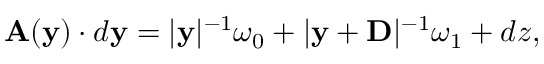
{ \bf A } ( { \bf y } ) \cdot d { \bf y } = | { \bf y } | ^ { - 1 } \omega _ { 0 } + | { \bf y } + { \bf D } | ^ { - 1 } \omega _ { 1 } + d z ,